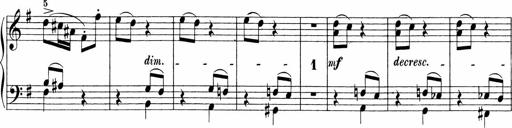
Title: Sonatinen Op.47, 98 und 136, nebst 6 Liedersonatinen
Composer: Carl Reinecke